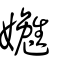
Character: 嬔